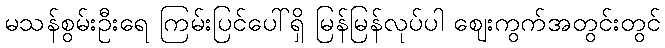
မသန်စွမ်းဦးရေ ကြမ်းပြင်ပေါ်ရှိ မြန်မြန်လုပ်ပါ ဈေးကွက်အတွင်းတွင်